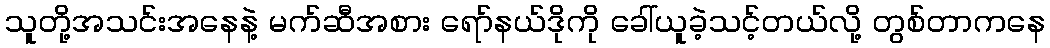
သူတို့အသင်းအနေနဲ့ မက်ဆီအစား ရော်နယ်ဒိုကို ခေါ်ယူခဲ့သင့်တယ်လို့ တွစ်တာကနေ